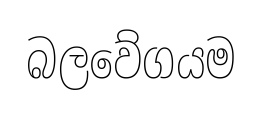
බලවේගයම